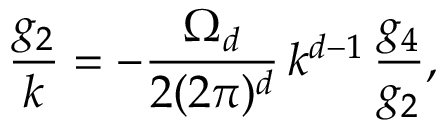
\frac { \d g _ { 2 } } { \d k } = - \frac { \Omega _ { d } } { 2 ( 2 \pi ) ^ { d } } \, k ^ { d - 1 } \, \frac { g _ { 4 } } { g _ { 2 } } ,